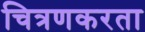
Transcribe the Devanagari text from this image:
चित्रणकरता